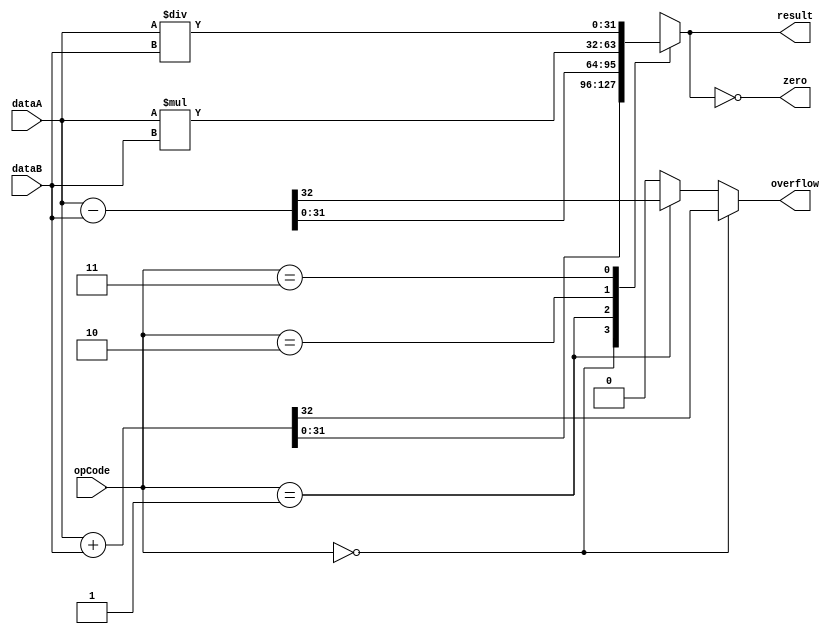
module ALU(
    input [31:0] dataA,
    input [31:0] dataB,
    input [1:0] opCode,
    output reg [31:0] result,
    output reg zero,
    output reg overflow
    );

// Adder
reg [32:0] addResult;
always @(*) begin
    addResult = dataA + dataB;
end

// Subtractor
reg [32:0] subResult;
always @(*) begin
    subResult = dataA - dataB;
end

// Multiplier
reg [63:0] mulResult;
always @(*) begin
    mulResult = dataA * dataB;
end

// Divider
reg [31:0] divResult;
always @(*) begin
    divResult = dataA / dataB;
end

// Control logic
always @(*) begin
    case(opCode)
        2'b00: result = addResult[31:0];
        2'b01: result = subResult[31:0];
        2'b10: result = mulResult[31:0];
        2'b11: result = divResult;
    endcase
    
    zero = (result == 0);
    
    if(opCode == 2'b00) begin
        overflow = addResult[32];
    end else if(opCode == 2'b01) begin
        overflow = subResult[32];
    end else begin
        overflow = 0;
    end
end

endmodule